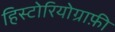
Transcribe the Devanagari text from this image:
हिस्टोरियोग्राफ़ी